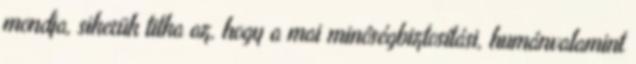
mondja, sikerük titka az, hogy a mai minôségbiztosítási, humánvalamint